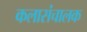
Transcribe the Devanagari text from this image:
कलासंचालक